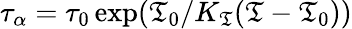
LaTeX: \tau_{\alpha}=\tau_{0}\exp(\mathfrak{T}_{0}/K_{\mathfrak{T}}(\mathfrak{T}-\mathfrak{T}_{0}))